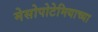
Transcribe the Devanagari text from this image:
मेसोपोटेमियाच्या